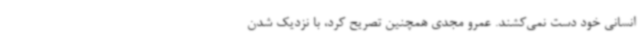
انسانی خود دست نمی‌کشند. عمرو مجدی همچنین تصریح کرد، با نزدیک شدن